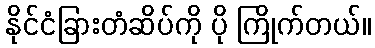
နိုင်ငံခြားတံဆိပ်ကို ပို ကြိုက်တယ်။